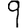
Digit: 9